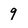
Character: 9